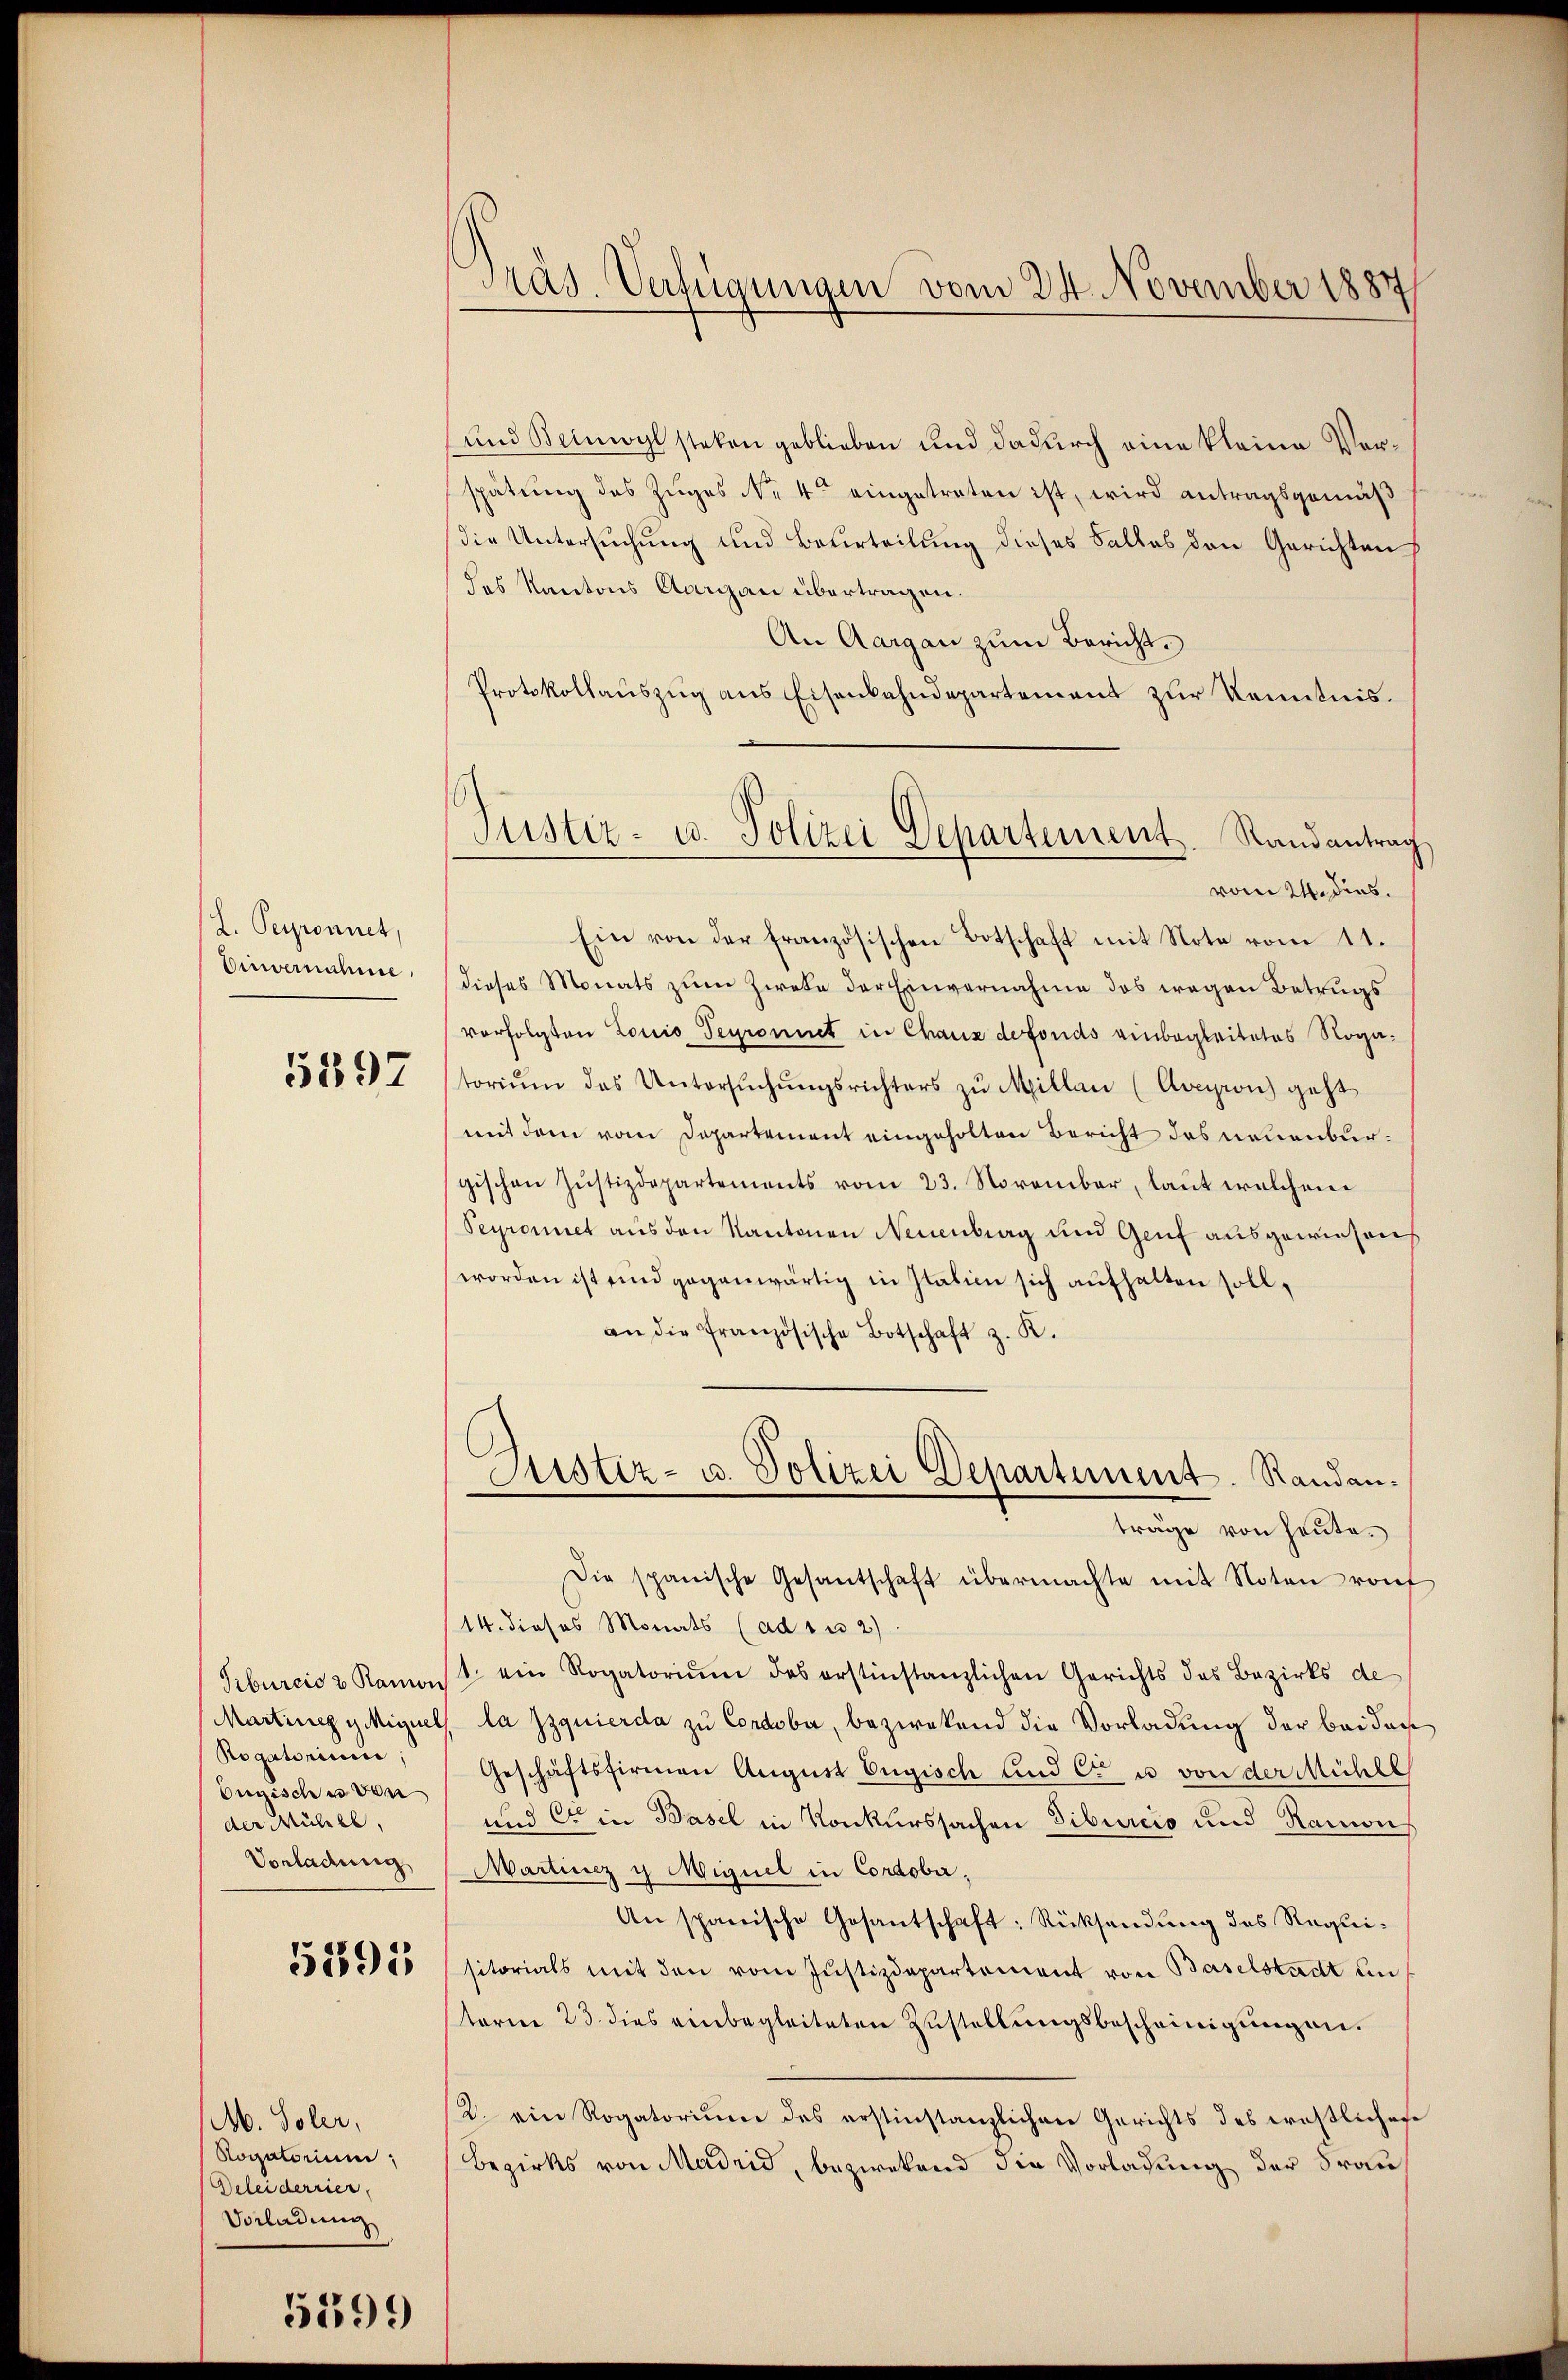
2. Peyronnet,
Einvernahme

5897

Rogatorinne,
Bugisches von
der Mühel,
Vorladung

5295

M. Soler,
Rogatorium,
Deleiderrier
Vorladung

5199

Präs. Verfügungen vom 24. November 1887

(und Beinwyl stehen geblieben und dadurch eine kleine Verspätung des Zuges N. 4ten eingetreten ist, wird antragsgemäß
die Untersuchung und Beurteilung dieses Falles den Gerichten
des Kantons Aargau übertragen.
An Aargau zum Bericht.
Protokollauszug aus Eisenbahndepartement zur Kenntnis.
vom 24. dies.
Ein von der französischen Botschaft mit Note vom 11.
dieses Monats zum Zwete der Einvernahme das wegen Betrugs
vorfolgten Lonio Segronnet in Chaus defonds einbegleitetes Rogatoriŭm des Untersŭchŭngsrichters zŭ Millen (Arcipion) geht
mit dem vom Departement eingeholten Bericht des neuenburgischen Justizdepartements vom 23. November, laut welchem
Seyromiet aus den Kantonen Neuenburg und Genf ausgewiesen
worden ist und gegenwärtig in Italien sich aufhalten soll,
an die Französische Botschaft z. K.
Justiz- u. Polizei Departement. Randanträge von heute.
Die spanische Gesantschaft übermachte mit Noten rauf
14. dieses Monats (ad zu 2)
Tiburcio 2 Ramast ein Rogatoriŭm des erstinstanzlichen Gerichts des Bezirks de
MartinegyMiguel la quierda zu Condoba, bezwekend die Vorladung der bei das
Geschäftsfirmen August Engisch und C. u von der Mühle
und C. in Basel in Konkurssachen Siburcio und Ramon
Martinez y Miguel in Cordobe;
An spanische Gesantschaft: Rücksendung des Requisitorials mit den vom Justizdepartement von Baselstadt un
sterm 23. dies einbegleiteten Zustellungsbescheinigungen.
2. ein Rogatorium des erstinstanzlichen Gerichts des tröstlichefe
Bezirks von Madrid, bezwekend die Vorladung der Frau¬

Justiz- u. Polizei Departement. Randantrag